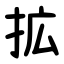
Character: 拡